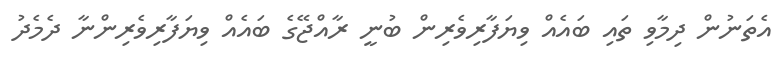
އެތަނުން ދިމާވި ތައި ބައެއް ވިޔަފާރިވެރިން ބުނީ ރާއްޖޭގެ ބައެއް ވިޔަފާރިވެރިންނާ ދެމެދު